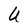
Character: U